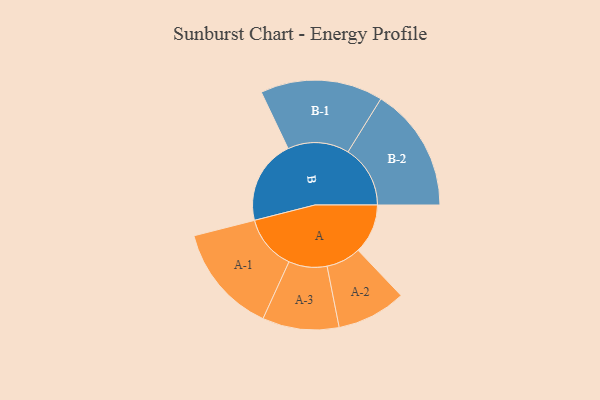
{"axis": {"x": "Segment", "y": "Value"}, "legend": ["", "A", "B"], "data": [{"x": "A", "y": 205, "type": ""}, {"x": "B", "y": 348, "type": ""}, {"x": "A-1", "y": 226, "type": "A"}, {"x": "A-2", "y": 143, "type": "A"}, {"x": "A-3", "y": 158, "type": "A"}, {"x": "B-1", "y": 253, "type": "B"}, {"x": "B-2", "y": 257, "type": "B"}]}